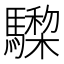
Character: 𩦅